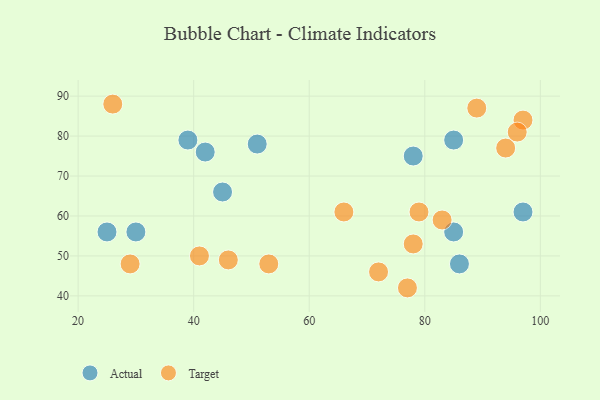
{"axis": {"x": "GDP", "y": "Life Expectancy"}, "legend": ["Actual", "Target"], "data": [{"x": "85", "y": 56, "type": "Actual"}, {"x": "45", "y": 66, "type": "Actual"}, {"x": "42", "y": 76, "type": "Actual"}, {"x": "86", "y": 48, "type": "Actual"}, {"x": "30", "y": 56, "type": "Actual"}, {"x": "78", "y": 75, "type": "Actual"}, {"x": "85", "y": 79, "type": "Actual"}, {"x": "51", "y": 78, "type": "Actual"}, {"x": "25", "y": 56, "type": "Actual"}, {"x": "39", "y": 79, "type": "Actual"}, {"x": "97", "y": 61, "type": "Actual"}, {"x": "29", "y": 48, "type": "Target"}, {"x": "78", "y": 53, "type": "Target"}, {"x": "53", "y": 48, "type": "Target"}, {"x": "79", "y": 61, "type": "Target"}, {"x": "66", "y": 61, "type": "Target"}, {"x": "41", "y": 50, "type": "Target"}, {"x": "72", "y": 46, "type": "Target"}, {"x": "97", "y": 84, "type": "Target"}, {"x": "94", "y": 77, "type": "Target"}, {"x": "89", "y": 87, "type": "Target"}, {"x": "83", "y": 59, "type": "Target"}, {"x": "77", "y": 42, "type": "Target"}, {"x": "46", "y": 49, "type": "Target"}, {"x": "96", "y": 81, "type": "Target"}, {"x": "26", "y": 88, "type": "Target"}]}